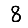
Digit: 8